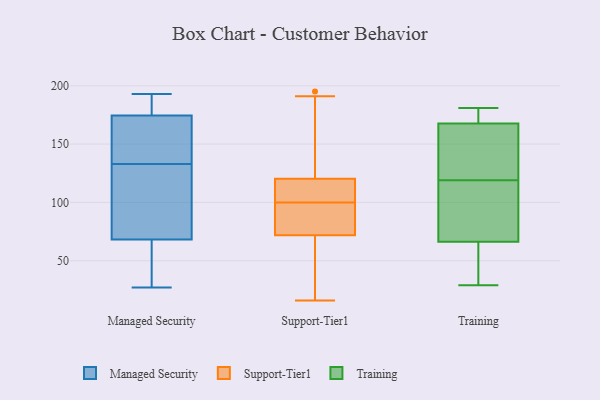
{"axis": {"x": "Operating Costs (USD K)", "y": "Value"}, "legend": ["Managed Security", "Support-Tier1", "Training"], "data": [{"x": "", "y": 193, "type": "Managed Security"}, {"x": "", "y": 78, "type": "Managed Security"}, {"x": "", "y": 173, "type": "Managed Security"}, {"x": "", "y": 65, "type": "Managed Security"}, {"x": "", "y": 133, "type": "Managed Security"}, {"x": "", "y": 182, "type": "Managed Security"}, {"x": "", "y": 27, "type": "Managed Security"}, {"x": "", "y": 168, "type": "Managed Security"}, {"x": "", "y": 175, "type": "Managed Security"}, {"x": "", "y": 106, "type": "Managed Security"}, {"x": "", "y": 48, "type": "Managed Security"}, {"x": "", "y": 97, "type": "Support-Tier1"}, {"x": "", "y": 103, "type": "Support-Tier1"}, {"x": "", "y": 139, "type": "Support-Tier1"}, {"x": "", "y": 97, "type": "Support-Tier1"}, {"x": "", "y": 112, "type": "Support-Tier1"}, {"x": "", "y": 100, "type": "Support-Tier1"}, {"x": "", "y": 195, "type": "Support-Tier1"}, {"x": "", "y": 125, "type": "Support-Tier1"}, {"x": "", "y": 92, "type": "Support-Tier1"}, {"x": "", "y": 89, "type": "Support-Tier1"}, {"x": "", "y": 62, "type": "Support-Tier1"}, {"x": "", "y": 50, "type": "Support-Tier1"}, {"x": "", "y": 115, "type": "Support-Tier1"}, {"x": "", "y": 16, "type": "Support-Tier1"}, {"x": "", "y": 66, "type": "Support-Tier1"}, {"x": "", "y": 191, "type": "Support-Tier1"}, {"x": "", "y": 57, "type": "Support-Tier1"}, {"x": "", "y": 122, "type": "Support-Tier1"}, {"x": "", "y": 112, "type": "Support-Tier1"}, {"x": "", "y": 119, "type": "Training"}, {"x": "", "y": 63, "type": "Training"}, {"x": "", "y": 29, "type": "Training"}, {"x": "", "y": 176, "type": "Training"}, {"x": "", "y": 164, "type": "Training"}, {"x": "", "y": 45, "type": "Training"}, {"x": "", "y": 76, "type": "Training"}, {"x": "", "y": 114, "type": "Training"}, {"x": "", "y": 136, "type": "Training"}, {"x": "", "y": 181, "type": "Training"}, {"x": "", "y": 169, "type": "Training"}]}